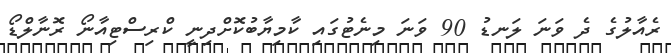
ރެއާލުގެ ދެ ވަނަ ލަނޑު 90 ވަނަ މިނެޓުގައި ކާމިޔާބުކޮށްދިނީ ކްރިސްޓިއާނޯ ރޮނާލްޑޯ